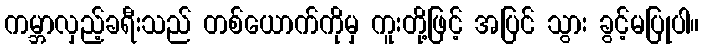
ကမ္ဘာလှည့်ခရီးသည် တစ်ယောက်ကိုမှ ကူးတို့ဖြင့် အပြင် သွား ခွင့်မပြုပါ။